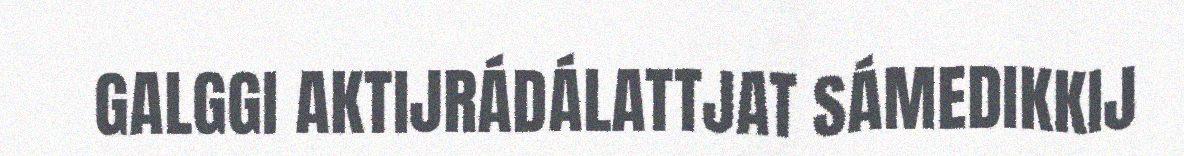
GALGGI AKTIJRÁDÁLATTJAT SÁMEDIKKIJ